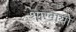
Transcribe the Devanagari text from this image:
शाखायों